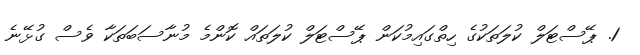
1. ޕޭސްޓަލް ކުލަތަކުގެ ހިތްގައިމުކަން ޕޭސްޓަލް ކުލަތައް ކޮންމެ މުނާސަބަތަކާ ވެސް ގުޅޭނެ